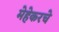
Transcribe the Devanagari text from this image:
मेहेकरचे